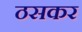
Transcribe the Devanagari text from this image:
ठसकर